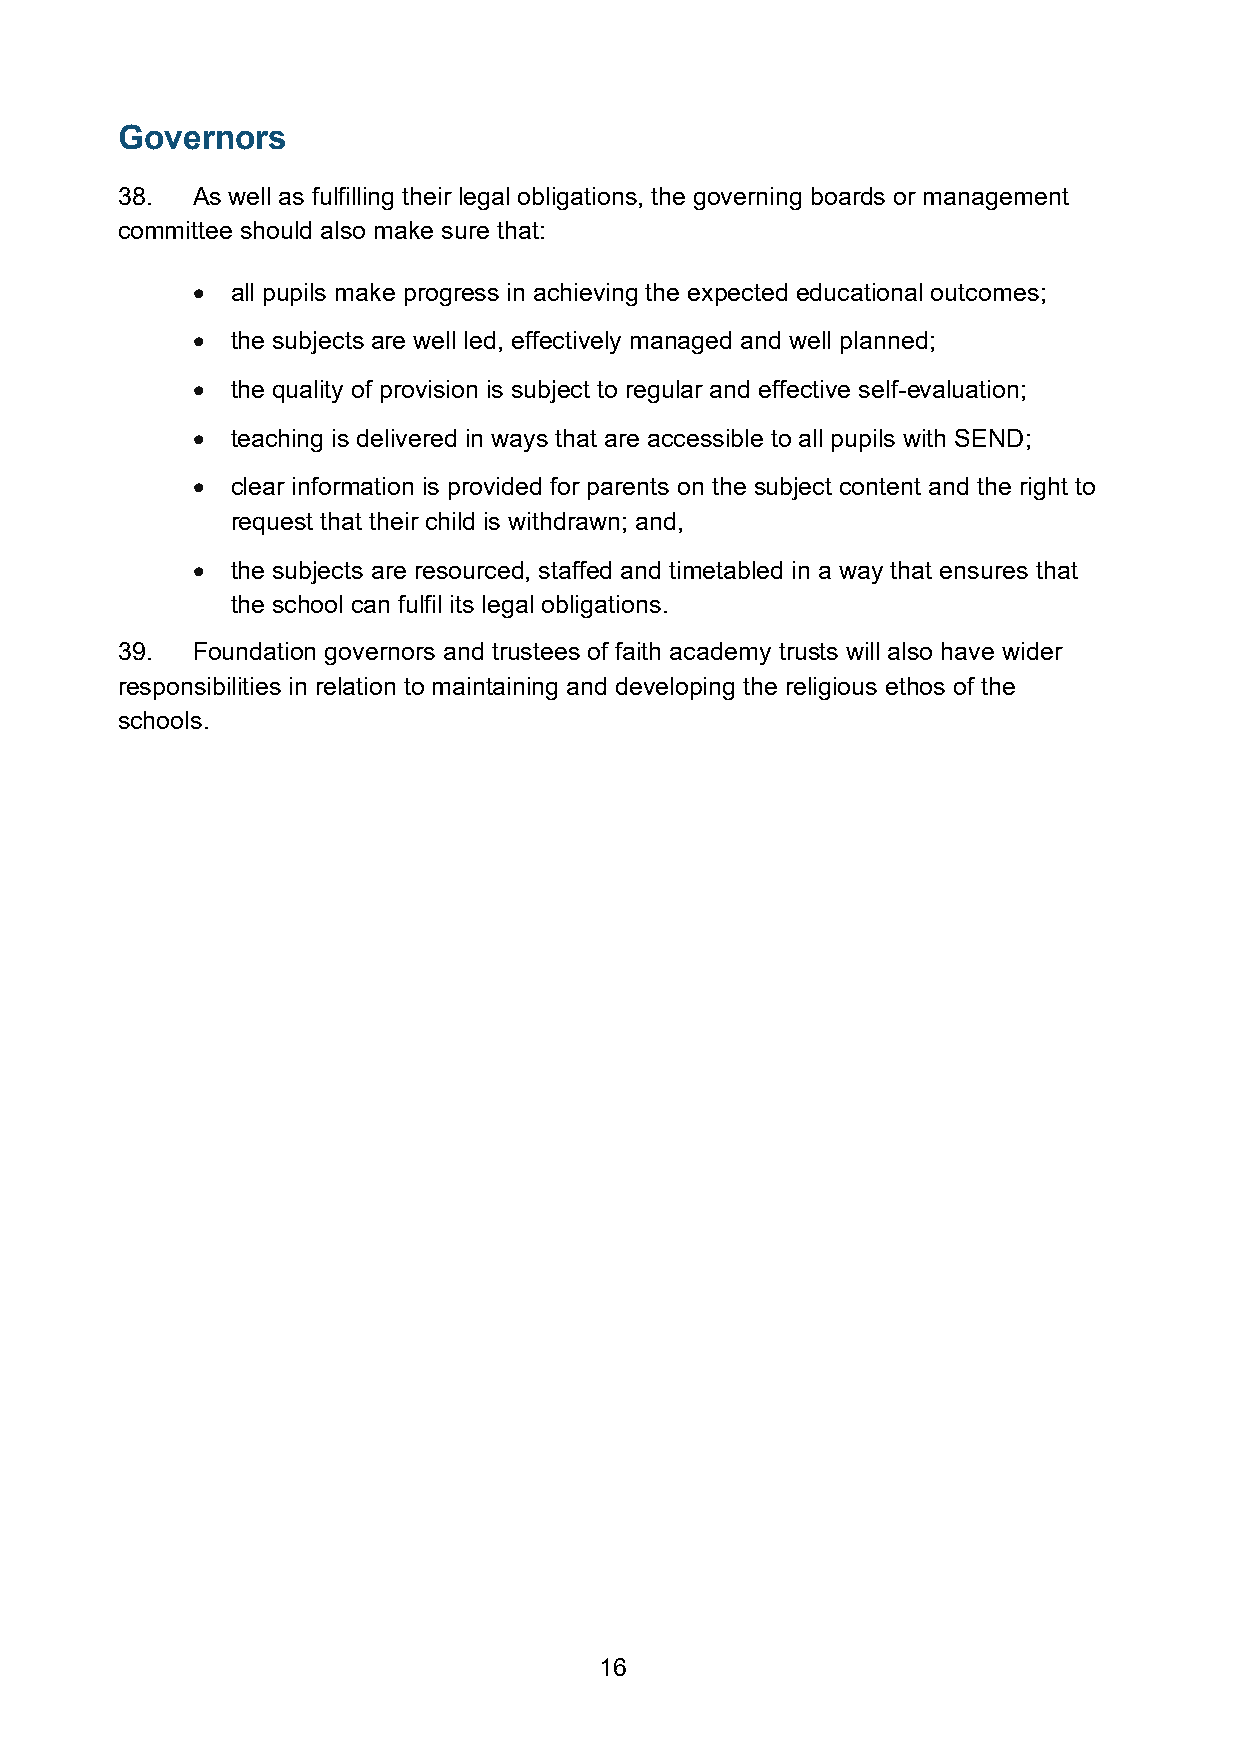
Governors
 38.  As well as fulfilling their legal obligations, the governing boards or management
 committee should also make sure that:
 • all pupils make progress in achieving the expected educational outcomes;
 • the subjects are well led, effectively managed and well planned;
 • the quality of provision is subject to regular and effective self-evaluation;
 • teaching is delivered in ways that are accessible to all pupils with SEND;
 • clear information is provided for parents on the subject content and the right to
 request that their child is withdrawn; and,
 • the subjects are resourced, staffed and timetabled in a way that ensures that
 the school can fulfil its legal obligations.
 39.  Foundation governors and trustees of faith academy trusts will also have wider
 responsibilities in relation to maintaining and developing the religious ethos of the
 schools.
 16